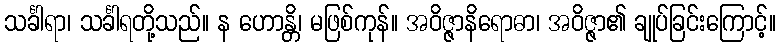
သင်္ခါရာ၊ သင်္ခါရတို့သည်။ န ဟောန္တိ၊ မဖြစ်ကုန်။ အဝိဇ္ဇာနိရောဓာ၊ အဝိဇ္ဇာ၏ ချုပ်ခြင်းကြောင့်။